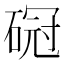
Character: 𥔒